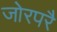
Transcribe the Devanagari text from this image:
जोरपरै